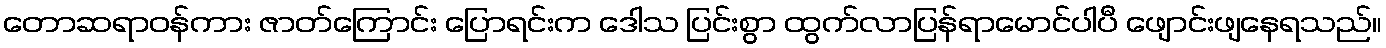
တောဆရာဝန်ကား ဇာတ်ကြောင်း ပြောရင်းက ဒေါသ ပြင်းစွာ ထွက်လာပြန်ရာမောင်ပါပီ ဖျောင်းဖျနေရသည်။